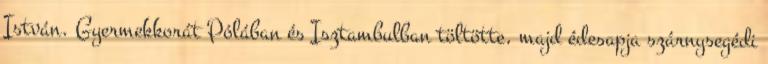
István. Gyermekkorát Pólában és Isztambulban töltötte, majd édesapja szárnysegédi